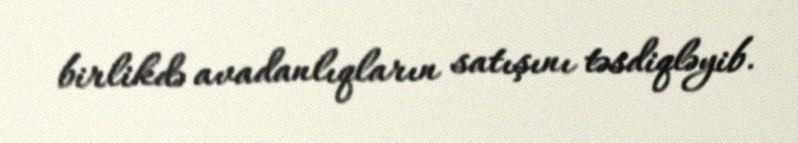
birlikdə avadanlıqların satışını təsdiqləyib.